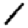
Digit: 1